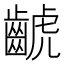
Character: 𪘰